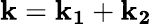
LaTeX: \mathbf{k}=\mathbf{k_{1}}+\mathbf{k_{2}}